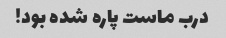
درب ماست پاره شده بود!